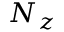
N _ { z }